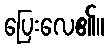
ပြေးလေ၏။